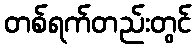
တစ်ရက်တည်းတွင်